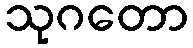
သုဂတော